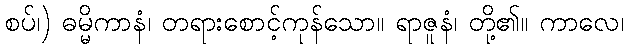
စပ်၊) ဓမ္မိကာနံ၊ တရားစောင့်ကုန်သော။ ရာဇူနံ၊ တို့၏။ ကာလေ၊